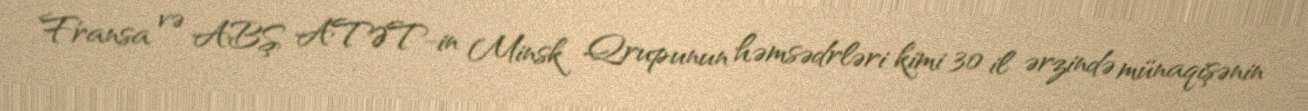
Fransa və ABŞ ATƏT-in Minsk Qrupunun həmsədrləri kimi 30 il ərzində münaqişənin